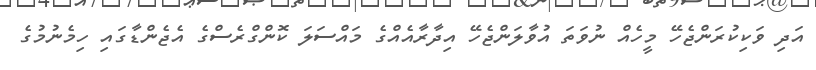
އަދި ވަކިކުރަންޖެހޭ މީހެއް ނުވަތަ އުވާލަންޖެހޭ އިދާރާއެއްގެ މައްސަލަ ކޮންގްރެސްގެ އެޖެންޑާގައި ހިމެނުމުގެ